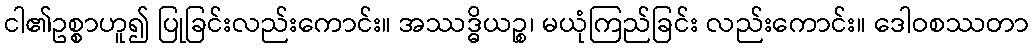
ငါ၏ဥစ္စာဟူ၍ ပြုခြင်းလည်းကောင်း။ အဿဒ္ဓိယဉ္စ၊ မယုံကြည်ခြင်း လည်းကောင်း။ ဒေါဝစဿတာ